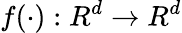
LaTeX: f(\cdot):R^{d}\rightarrow R^{d}